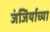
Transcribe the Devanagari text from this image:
जंजिर्याच्या